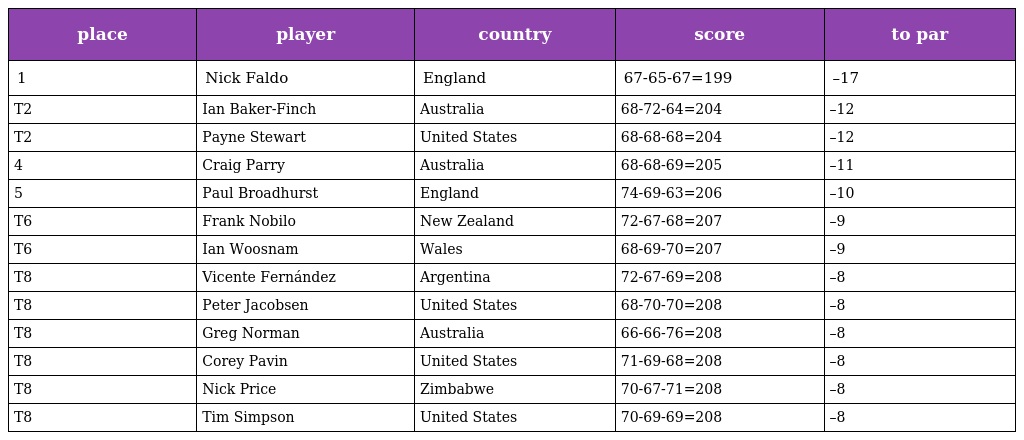
| place | player | country | score | to par |
 | --- | --- | --- | --- | --- |
 | 1 | Nick Faldo | England | 67-65-67=199 | –17 |
 | T2 | Ian Baker-Finch | Australia | 68-72-64=204 | –12 |
 | T2 | Payne Stewart | United States | 68-68-68=204 | –12 |
 | 4 | Craig Parry | Australia | 68-68-69=205 | –11 |
 | 5 | Paul Broadhurst | England | 74-69-63=206 | –10 |
 | T6 | Frank Nobilo | New Zealand | 72-67-68=207 | –9 |
 | T6 | Ian Woosnam | Wales | 68-69-70=207 | –9 |
 | T8 | Vicente Fernández | Argentina | 72-67-69=208 | –8 |
 | T8 | Peter Jacobsen | United States | 68-70-70=208 | –8 |
 | T8 | Greg Norman | Australia | 66-66-76=208 | –8 |
 | T8 | Corey Pavin | United States | 71-69-68=208 | –8 |
 | T8 | Nick Price | Zimbabwe | 70-67-71=208 | –8 |
 | T8 | Tim Simpson | United States | 70-69-69=208 | –8 |